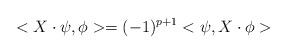
LaTeX: \begin{align*} <X\cdot\psi,\phi>=(-1)^{p+1}<\psi,X\cdot\phi>\end{align*}